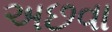
અછવા